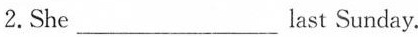
2.She___last Sunday.